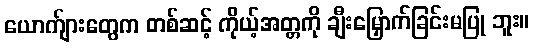
ယောက်ျားတွေက တစ်ဆင့် ကိုယ့်အတ္တကို ချီးမြှောက်ခြင်းမပြု ဘူး။